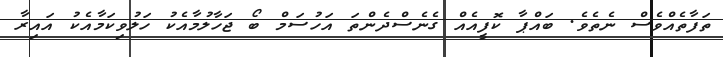
ތަފާތެއްވެސް ނެތެވެ. ބައްޕާ ކޮފީއެއް ގެނެސްދެންތަ އަހުސަމް ބޯ ޖަހާލުމާއެކު ހަލުވިކަމާއެކު އައިރާ